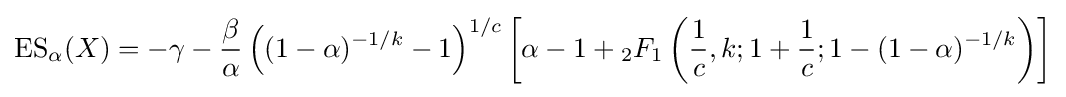
\operatorname {ES} _{\alpha }(X)=-\gamma -{\frac {\beta }{\alpha }}\left((1-\alpha )^{-1/k}-1\right)^{1/c}\left[\alpha -1+{_{2}F_{1}}\left({\frac {1}{c}},k;1+{\frac {1}{c}};1-(1-\alpha )^{-1/k}\right)\right]